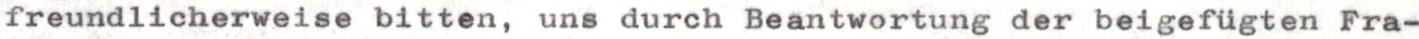
freundlicherweise bitten, uns durch Beantwortung der beigefügten Fra-